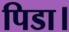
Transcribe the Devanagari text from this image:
पिडा।